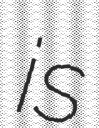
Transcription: is